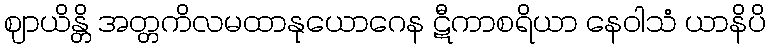
ဈာယိန္တိ အတ္တကိလမထာနုယောဂေန ဋီကာစရိယာ နေဝါသံ ယာနိပိ